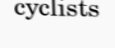
cyclists